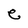
Character: e